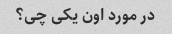
در مورد اون یکی چی؟